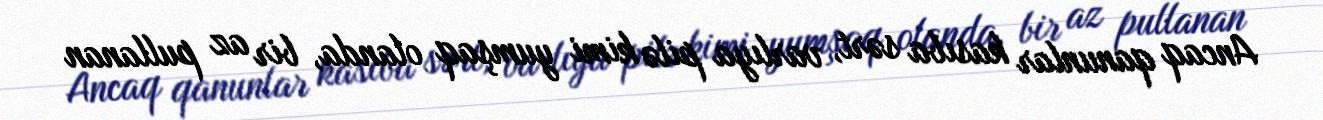
Ancaq qanunlar kasıba sərt, varlıya pilə kimi yumşaq olanda, bir az pullanan